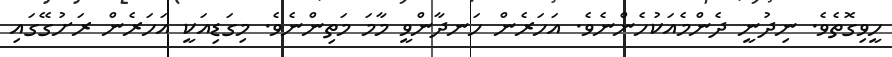
ހީވިގޮތެވެ. ނިދުނީ ދެންމެއަކުހެންނެވެ. އަހަރެން ހަނދާންވީ މާމަ މަތިންނެވެ. މިގަޑިއަކީ އަހަރެން ރަށުގޭގައި